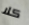
كلا